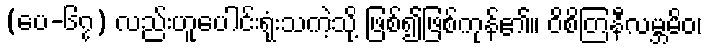
(ပေ-၆၇) လည်းဟူပေါင်းရုံးသကဲ့သို့ ဖြစ်၍ဖြစ်ကုန်၏။ ဝိစိတြနီလမ္ဘမိဝ၊